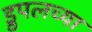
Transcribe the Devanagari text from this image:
ड्रुपलच्या